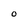
Character: o